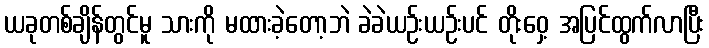
ယခုတစ်ချိန်တွင်မူ သားကို မထားခဲ့တော့ဘဲ ခဲခဲယဉ်းယဉ်းပင် တိုးဝှေ့ အပြင်ထွက်လာပြီး